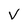
Character: V